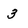
Character: 3